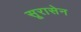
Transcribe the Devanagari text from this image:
सूरासेन